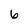
Character: 6